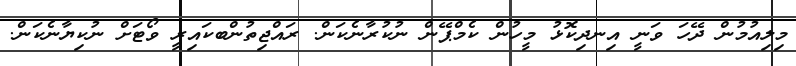
މިލިއުމުން ދޭހަ ވަނީ އިނދިކޮޅު މީހުން ކެމްޕޭން ނުކުރާނެކަން. ރައްޖިތުންބކައިރީ ވޯޓަށް ނުކިޔާނެކަން.